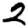
Digit: 2